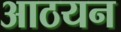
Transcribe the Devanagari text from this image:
आठयन